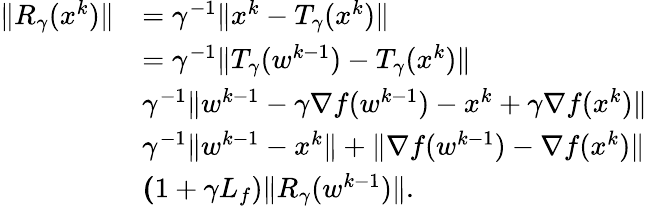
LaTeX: \begin{array}{rl}{\| R_{\gamma}(x^{k})\| }&{=\gamma^{-1}\| x^{k}-T_{\gamma}(x^{k})\| }\\ &{=\gamma^{-1}\| T_{\gamma}(w^{k-1})-T_{\gamma}(x^{k})\| }\\ &{\le\gamma^{-1}\| w^{k-1}-\gamma\nabla f(w^{k-1})-x^{k}+\gamma\nabla f(x^{k})\| }\\ &{\le\gamma^{-1}\| w^{k-1}-x^{k}\| +\| \nabla f(w^{k-1})-\nabla f(x^{k})\| }\\ &{\le(1+\gamma L_{f})\| R_{\gamma}(w^{k-1})\| .}\end{array}